Mediterranean fever in India - Number 22
Disease focus: Fever
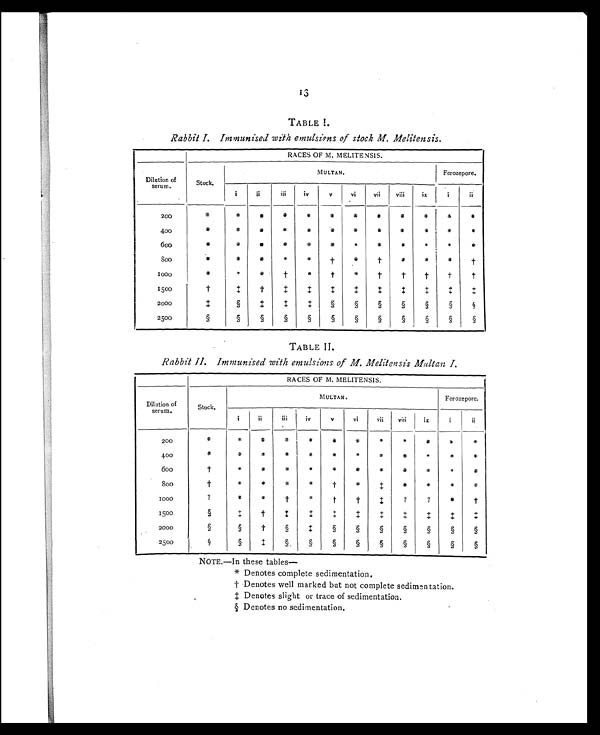
13
TABLE L.
Rabbit I. Immunised with emulsions of stock M. Melitensis.
RACES OF M. MELITENSIS.
Dilution of
serum.
Stock.
MULTAN.
Ferozepore.
i
ii
i i i
iv
v
vi
vii
viii
ix
i
ii
200
*
*
*
*
*
*
*
*
*
*
*
*
400
*
*
*
*
*
*
*
*
*
*
*
*
6 0 0
*
*
*
*
*
*
*
*
*
*
*
*
8 0 0
*
*
*
*
*
† *
†
*
*
*
†
1 0 0 0
*
*
*
†
*
†
*
†
†
†
†
†
1500
†
‡
†
‡
‡
‡
‡
‡
‡
‡
‡
‡
2000
‡
§
‡
‡
‡
§
§
§
§
§
§
§
2500
§
§
§
§
§
§
§
§
§
§
§
TABLE II.
Rabbit II. Immunised with emulsions of M. Melitensis Multan I.
RACES OF M. MELITENSIS.
Dilution of
serum.
Stock.
MULTAN.
Ferozepore.
i
ii
iii iv
v
vi
vii
viii
ix
i
ii
200
*
*
*
*
*
*
*
*
*
*
* *
400
*
*
*
*
*
*
*
*
*
*
*
*
6 0 0
†
*
*
*
*
*
*
*
*
*
*
*
8 0 0
†
*
*
*
*
†
*
‡
*
*
*
* 4
1 0 0 0
?
* *
†
*
†
†
‡
?
?
*
†
1500
§
‡ †
‡
‡
‡
‡
‡
‡
‡
‡
‡
2000
§
§
†
§
‡
§
§
§
§
§
§
§
2500
§
§
‡
§.
§
§
§
§
§
§
§
§
NOTE.—In these tables—
* Denotes complete sedimentation.
† D e n o t e s
w e l l m a r k e d b u t n o t c o m p l e t e s e d i m e n t a t i o n .
‡ D e n o t e s s l i g h t
o r t r a c e o f s e d i m e n t a t i o n .
§ D e n o t e s n o s e d i m e n t a t i o n .